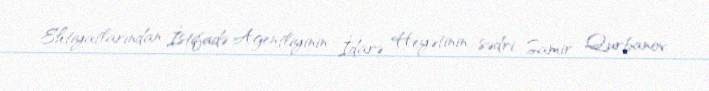
Ehtiyatlarından İstifadə Agentliyinin İdarə Heyətinin sədri Samir Qurbanov